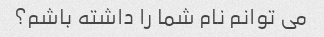
می توانم نام شما را داشته باشم؟